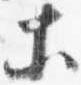
等